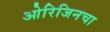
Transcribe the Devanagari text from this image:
ओरिजिनचा